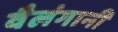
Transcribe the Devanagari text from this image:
वैलंगानी